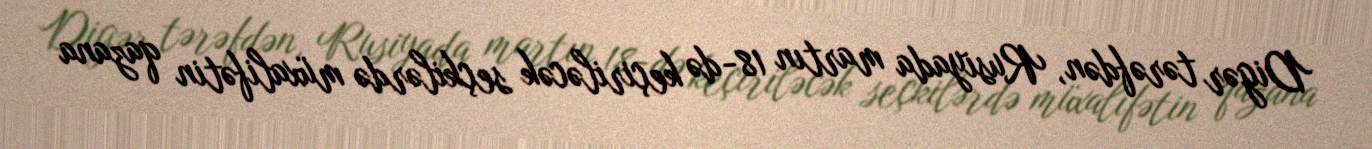
Digər tərəfdən, Rusiyada martın 18-də keçiriləcək seçkilərdə müxalifətin qazana